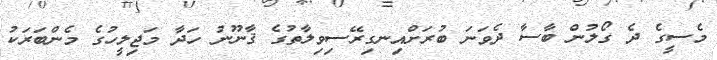
މެސީގެ ދެ ގޯލުން ބާސާ ދެވަނަ ބުރަށްއިނގިރޭސިވިލާތުގެ ޤާނޫނު ހަދާ މަޖިލީހުގެ މެންބަރަކު